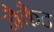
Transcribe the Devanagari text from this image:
जैकैट